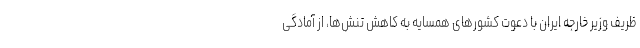
ظریف وزیر خارجه ایران با دعوت کشورهای همسایه به کاهش تنش‌ها، از آمادگی